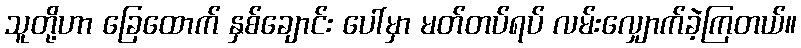
သူတို့ဟာ ခြေထောက် နှစ်ချောင်း ပေါ်မှာ မတ်တပ်ရပ် လမ်းလျှောက်ခဲ့ကြတယ်။